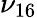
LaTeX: \nu_{16}